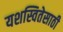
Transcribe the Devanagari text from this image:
यशस्वितेसाठी